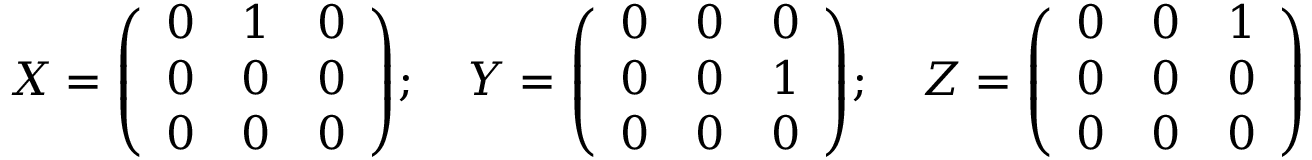
X = { \left( \begin{array} { l l l } { 0 } & { 1 } & { 0 } \\ { 0 } & { 0 } & { 0 } \\ { 0 } & { 0 } & { 0 } \end{array} \right) } ; \quad Y = { \left( \begin{array} { l l l } { 0 } & { 0 } & { 0 } \\ { 0 } & { 0 } & { 1 } \\ { 0 } & { 0 } & { 0 } \end{array} \right) } ; \quad Z = { \left( \begin{array} { l l l } { 0 } & { 0 } & { 1 } \\ { 0 } & { 0 } & { 0 } \\ { 0 } & { 0 } & { 0 } \end{array} \right) }